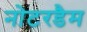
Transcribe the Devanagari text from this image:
नोटरडैम